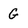
Character: G